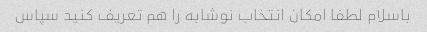
باسلام لطفا امکان انتخاب نوشابه را هم تعریف کنید سپاس